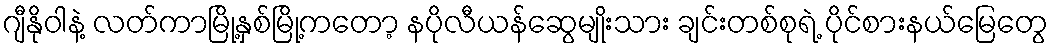
ဂျီနိုဝါနဲ့ လတ်ကာမြို့နှစ်မြို့ကတော့ နပိုလီယန်ဆွေမျိုးသား ချင်းတစ်စုရဲ့ ပိုင်စားနယ်မြေတွေ